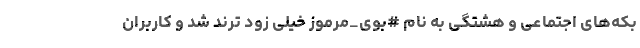
بکه‌های اجتماعی و هشتگی به نام #بوی_مرموز خیلی زود ترند شد و کاربران